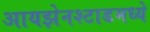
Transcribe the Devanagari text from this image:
आयझेनश्टाडमध्ये